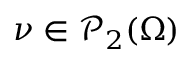
\nu \in \mathscr { P } _ { 2 } ( \Omega )